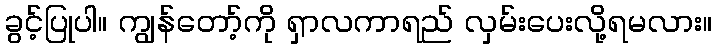
ခွင့်ပြုပါ။ ကျွန်တော့်ကို ရှာလကာရည် လှမ်းပေးလို့ရမလား။